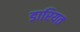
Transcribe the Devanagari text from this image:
डारियत